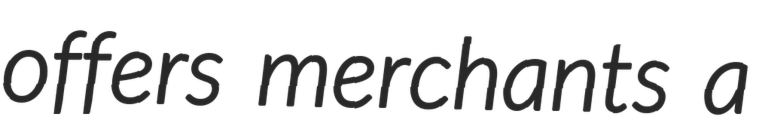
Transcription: offers merchants a